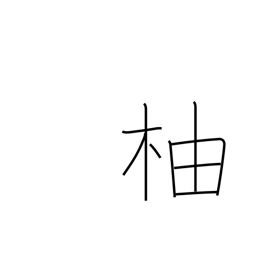
Meaning: citron